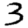
Digit: 3